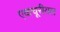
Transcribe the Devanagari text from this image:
एकचूरीयल